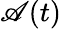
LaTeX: \mathscr{A}(t)